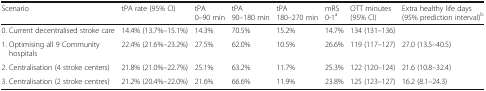
| Scenario | tPA rate (95% CI) | tPA 0–90 min | tPA 90–180 min | tPA 180–270 min | mRS 0-1a | OTT minutes (95% CI) | Extra healthy life days (95% prediction interval)b |
 | --- | --- | --- | --- | --- | --- | --- | --- |
 | 0. Current decentralised stroke care | 14.4% (13.7%–15.1%) | 14.3% | 70.5% | 15.2% | 14.7% | 134 (131–136) |  |
 | 1. Optimising all 9 Community hospitals | 22.4% (21.6%–23.2%) | 27.5% | 62.0% | 10.5% | 26.6% | 119 (117–127) | 27.0 (13.5–40.5) |
 | 2. Centralisation (4 stroke centers) | 21.8% (21.0%–22.7%) | 25.1% | 63.2% | 11.7% | 25.3% | 122 (120–124) | 21.6 (10.8–32.4) |
 | 3. Centralisation (2 stroke centres) | 21.2% (20.4%–22.0%) | 21.6% | 66.6% | 11.9% | 23.8% | 125 (123–127) | 16.2 (8.1–24.3) |